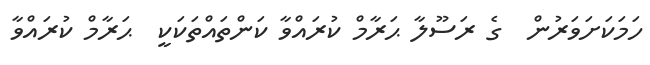
ހަމަކަށަވަރުން  ގެ ރަސޫލާ ޙަރާމް ކުރައްވާ ކަންތައްތަކަކީ  ޙަރާމް ކުރައްވާ